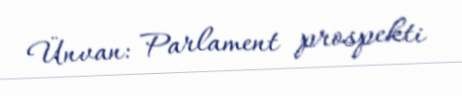
Ünvan: Parlament prospekti